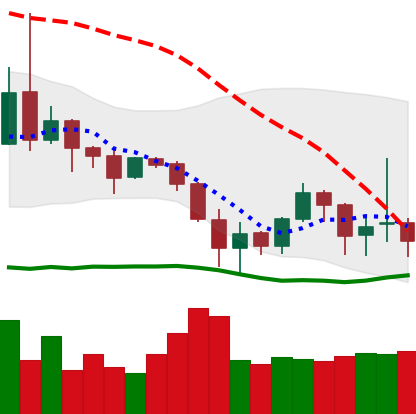
Ticker: DOGE-USD
Chart end date: 2019-08-24
Forward return: -7.929%
Label: down_7plus